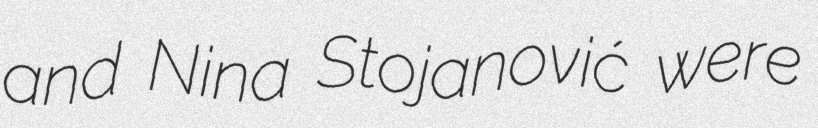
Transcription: and Nina Stojanović were